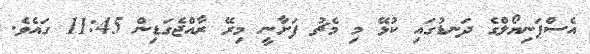
އެސްޕަނިޔޯލްގެ ދަނޑުގައި ކުޅޭ މި މެޗު ފަށާނީ މިރޭ ރާއްޖެގަޑިން 11:45 ގައެވެ.